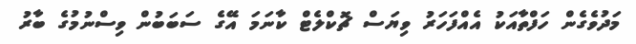
މަދުވެގެން ހަފްތާއަކު އެއްފަހަރު ވިޔަސް ޗޮކްލެޓް ކާނަމަ އޭގެ ސަބަބުން ވިސްނުމުގެ ބާރު